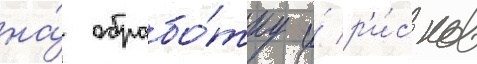
на́ обрабо́тку и́ р'и́сков